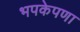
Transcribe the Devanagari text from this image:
भपकेपणा